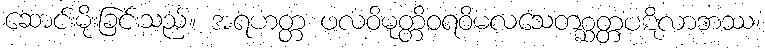
ဆောင်းမိုးခြင်းသည်။ အရဟတ္တ ဖလဝိမုတ္တိဝရဝိမလသေတစ္ဆတ္တပဋိလာဘဿ၊